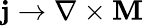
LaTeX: \mathbf{j}\rightarrow\nabla\times\mathbf{M}